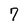
Character: 7